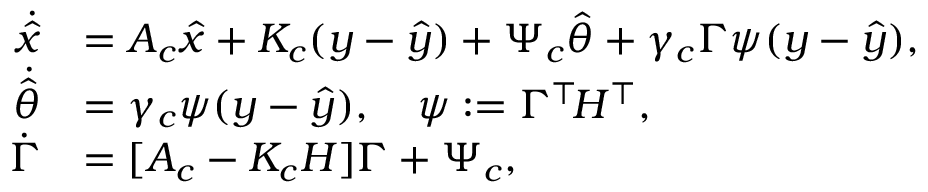
\begin{array} { r l } { \dot { \hat { x } } } & { = A _ { c } \hat { x } + K _ { c } ( y - \hat { y } ) + \Psi _ { c } \hat { \theta } + \gamma _ { c } \Gamma \psi ( y - \hat { y } ) , } \\ { \dot { \hat { \theta } } } & { = \gamma _ { c } \psi ( y - \hat { y } ) , \quad \psi : = \Gamma ^ { \top } \! H ^ { \top } , } \\ { \dot { \Gamma } } & { = [ A _ { c } - K _ { c } H ] \Gamma + \Psi _ { c } , } \end{array}